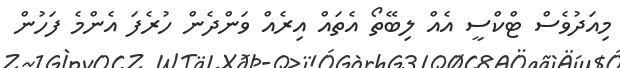
މިއަދުވެސް ޓްކްސީ އެއް ލިބޭތޯ އެތައް އިރެއް ވަންދެން ހުރެފަ އެންމެ ފަހުން